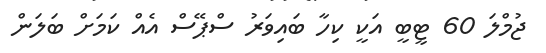
ޖުމްލަ 60 ޓީބީ އަކީ ކިހާ ބައިވަރު ސްޕޭސް އެއް ކަމަށް ބަލަން